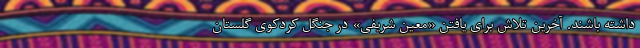
داشته باشند. آخرین تلاش برای یافتن «معین شریفی» در جنگل کردکوی گلستان